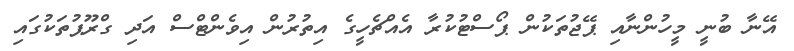
އޭނާ ބުނީ މީހުންނާއި ޕޭޖުތަކުން ޕޯސްޓުކުރާ އެއްޗެހީގެ އިތުރުން އިވެންޓްސް އަދި ގްރޫޕުތަކުގައި